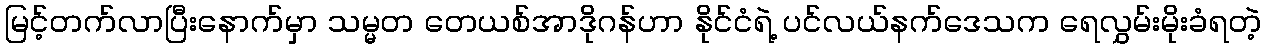
မြင့်တက်လာပြီးနောက်မှာ သမ္မတ တေယစ်အာဒိုဂန်ဟာ နိုင်ငံရဲ့ ပင်လယ်နက်ဒေသက ရေလွှမ်းမိုးခံရတဲ့